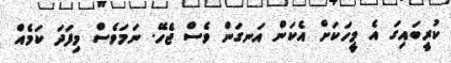
ކުރީބައިގަ އެ މީހަކަށް އެކަން އަނގަން ވެސް ޖެހޭ. ނަމަވެސް މިފަދަ ކަމެއް